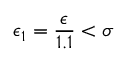
\epsilon _ { 1 } = \frac { \epsilon } { 1 . 1 } < \sigma